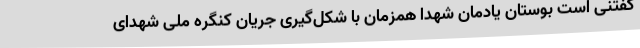
گفتنی است بوستان یادمان شهدا همزمان با شکل‌گیری جریان کنگره ملی شهدای